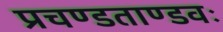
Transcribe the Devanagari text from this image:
प्रचण्डताण्डवः